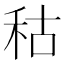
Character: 秙